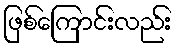
ဖြစ်ကြောင်းလည်း